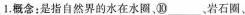
1.概念：是指自然界的水在水圈，⑩___、岩石圈、